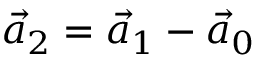
\vec { a } _ { 2 } = \vec { a } _ { 1 } - \vec { a } _ { 0 }